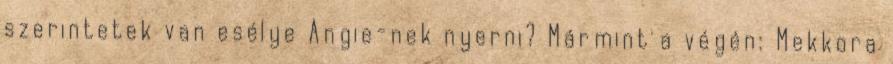
szerintetek van esélye Angie-nek nyerni? Mármint a végén: Mekkora